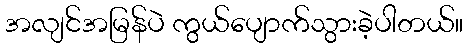
အလျင်အမြန်ပဲ ကွယ်ပျောက်သွားခဲ့ပါတယ်။